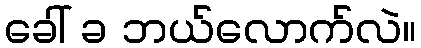
ခေါ် ခ ဘယ်လောက်လဲ။